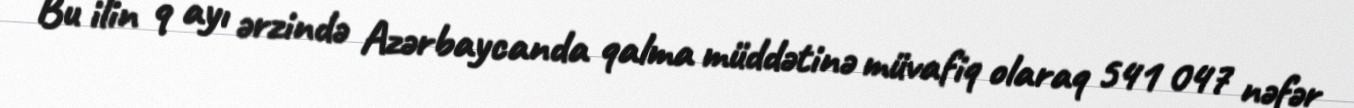
Bu ilin 9 ayı ərzində Azərbaycanda qalma müddətinə müvafiq olaraq 541 047 nəfər